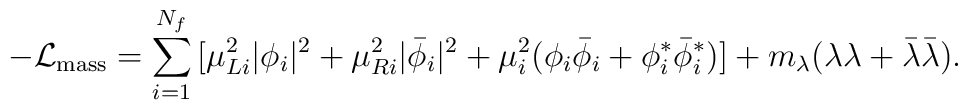
-{\cal L}_{\rm mass}  =  \sum_{i=1}^{N_f}{\big[}\mu_{Li}^2|\phi_i|^2 + \mu_{Ri}^2|{\bar \phi}_i|^2 +\mu_i^2(\phi_i {\bar \phi}_i+\phi_i^\ast {\bar \phi}_i^\ast ){\big]}            + m_{\lambda}(\lambda\lambda+\bar{\lambda}\bar{\lambda}).